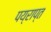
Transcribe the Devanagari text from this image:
पय्राप्त